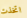
اتخذت